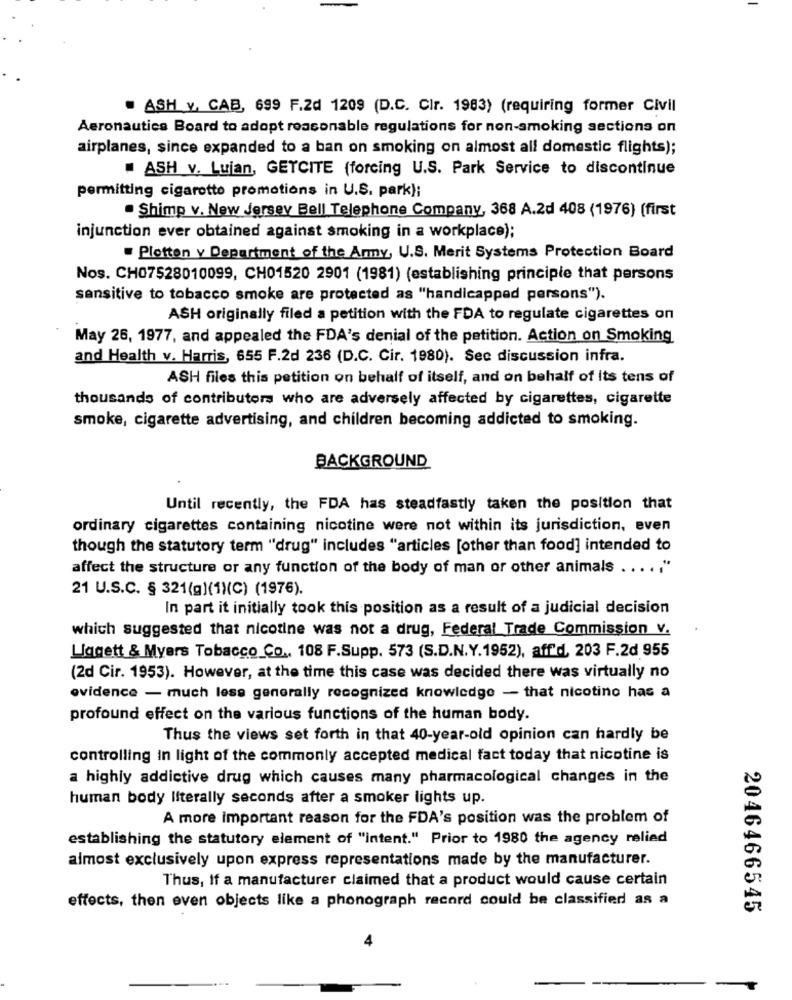
ASH v, CAB, 699 F.2d 1209 (D.C. Clr. 1983) (requiring former Civil
Aeronautics Board to adopt reasonable regulations for non-smoking sections on
airplanes, since expanded to a ban on smoking on almost all domestic flights);
ASH v. Lujan, GETCITE (forcing U.S. Park Service to discontinue
permitting cigarotto promotions in U.S. park);
. Shimp v. New Jersey Bell Telephone Company, 368 A.2d 408 (1976) (first
injunction ever obtained against smoking in a workplace);
. Plotten y Department of the Army, U.S. Merit Systems Protection Board
Nos. CH07528010099, CH01520 2901 (1981) (establishing principle that persons
sensitive to tobacco smoke are protected as "handicapped persons").
ASH originally filed a petition with the FDA to regulate cigarettes on
May 26, 1977, and appealed the FDA's denial of the petition. Action on Smoking
and Health v. Harris, 655 F.2d 236 (D.C. Cir. 1980). Sec discussion infra.
ASH files this petition on behalf of itself, and on behalf of its tens of
thousands of contributors who are adversely affected by cigarettes, cigarette
smoke, cigarette advertising, and children becoming addicted to smoking.
BACKGROUND
Until recently, the FDA has steadfastly taken the position that
ordinary cigarettes containing nicotine were not within its jurisdiction, even
though the statutory term "drug" includes "articles [other than food] intended to
affect the structure or any function of the body of man or other animals .... . "
21 U.S.C. § 321(g)(1)(C) (1976).
In part it initially took this position as a result of a judicial decision
which suggested that nicotine was not a drug, Federal Trade Commission v.
Liggett & Myers Tobacco Co ., 108 F.Supp. 573 (S.D.N.Y.1952), aff'd, 203 F.2d 955
(2d Cir. 1953). However, at the time this case was decided there was virtually no
evidence - much less generally recognized knowledge - that nicotine has a
profound effect on the various functions of the human body.
Thus the views set forth in that 40-year-old opinion can hardly be
controlling in light of the commonly accepted medical fact today that nicotine is
a highly addictive drug which causes many pharmacological changes in the
human body literally seconds after a smoker lights up.
A more important reason for the FDA's position was the problem of
establishing the statutory element of "intent." Prior to 1980 the agency relied
almost exclusively upon express representations made by the manufacturer.
Thus, If a manufacturer claimed that a product would cause certain
effects, then even objects like a phonograph record could be classified as a
2046466545